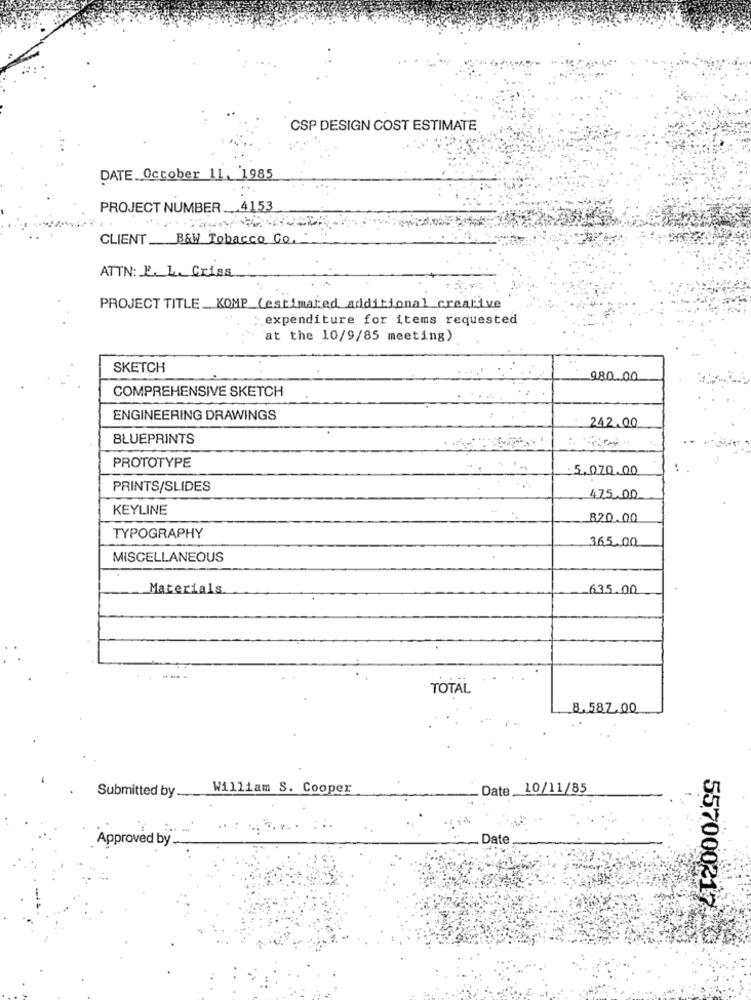
CSP DESIGN COST ESTIMATE
DATE. October 11, 1985
PROJECT NUMBER ... 4153
CLIENT B&W Tobacco Co.
ATTN: E. L. Criss
PROJECT TITLE_ KOMP (estimated additional creative
: expenditure for items requested
at the 10/9/85 meeting)
SKETCH
980.00
COMPREHENSIVE SKETCH
ENGINEERING DRAWINGS
242.00
BLUEPRINTS
PROTOTYPE
5,070.00
PRINTS/SLIDES
475.00
KEYLINE
820.00
TYPOGRAPHY
365.00
MISCELLANEOUS
Materials
635.00
TOTAL
8.587.00
Submitted by
William S. Cooper
Date 10/11/85
--
Approved by
Date
557000217